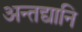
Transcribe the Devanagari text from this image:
अन्तद्यानि